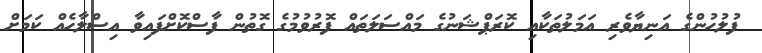
ފުލުހުންގެ އަނިޔާވެރި އަމަލުތަކާއި ކޮރަޕްޝަނުގެ މައްސަލަތައް ފޮރުވުމުގެ ގޮތުން ފާސްކޮށްފައިވާ އިސްލާހެއް ކަމަށް